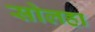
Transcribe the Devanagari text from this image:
सोलहा